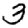
Digit: 3